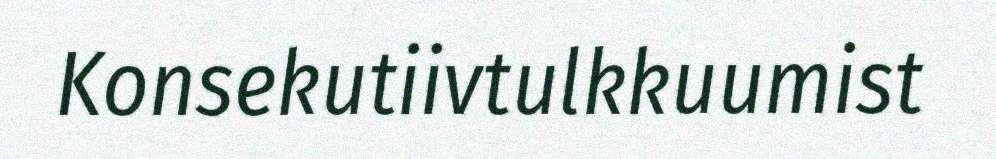
Konsekutiivtulkkuumist